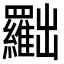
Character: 𠚢